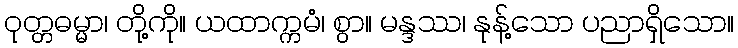
ဝုတ္တဓမ္မာ၊ တို့ကို။ ယထာက္ကမံ၊ စွာ။ မန္ဒဿ၊ နုန့်သော ပညာရှိသော။